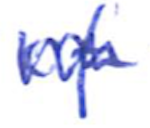
Text: of
Cross-out: zig-zag
Writing tool: ballpoint